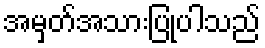
အမှတ်အသားပြုပါသည်